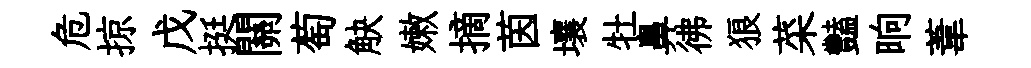
危掠戊挺關萄觖嫩摘茵壤牡鼻彿狼菜豔晌葦